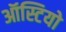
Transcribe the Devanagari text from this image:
ऑस्टियो